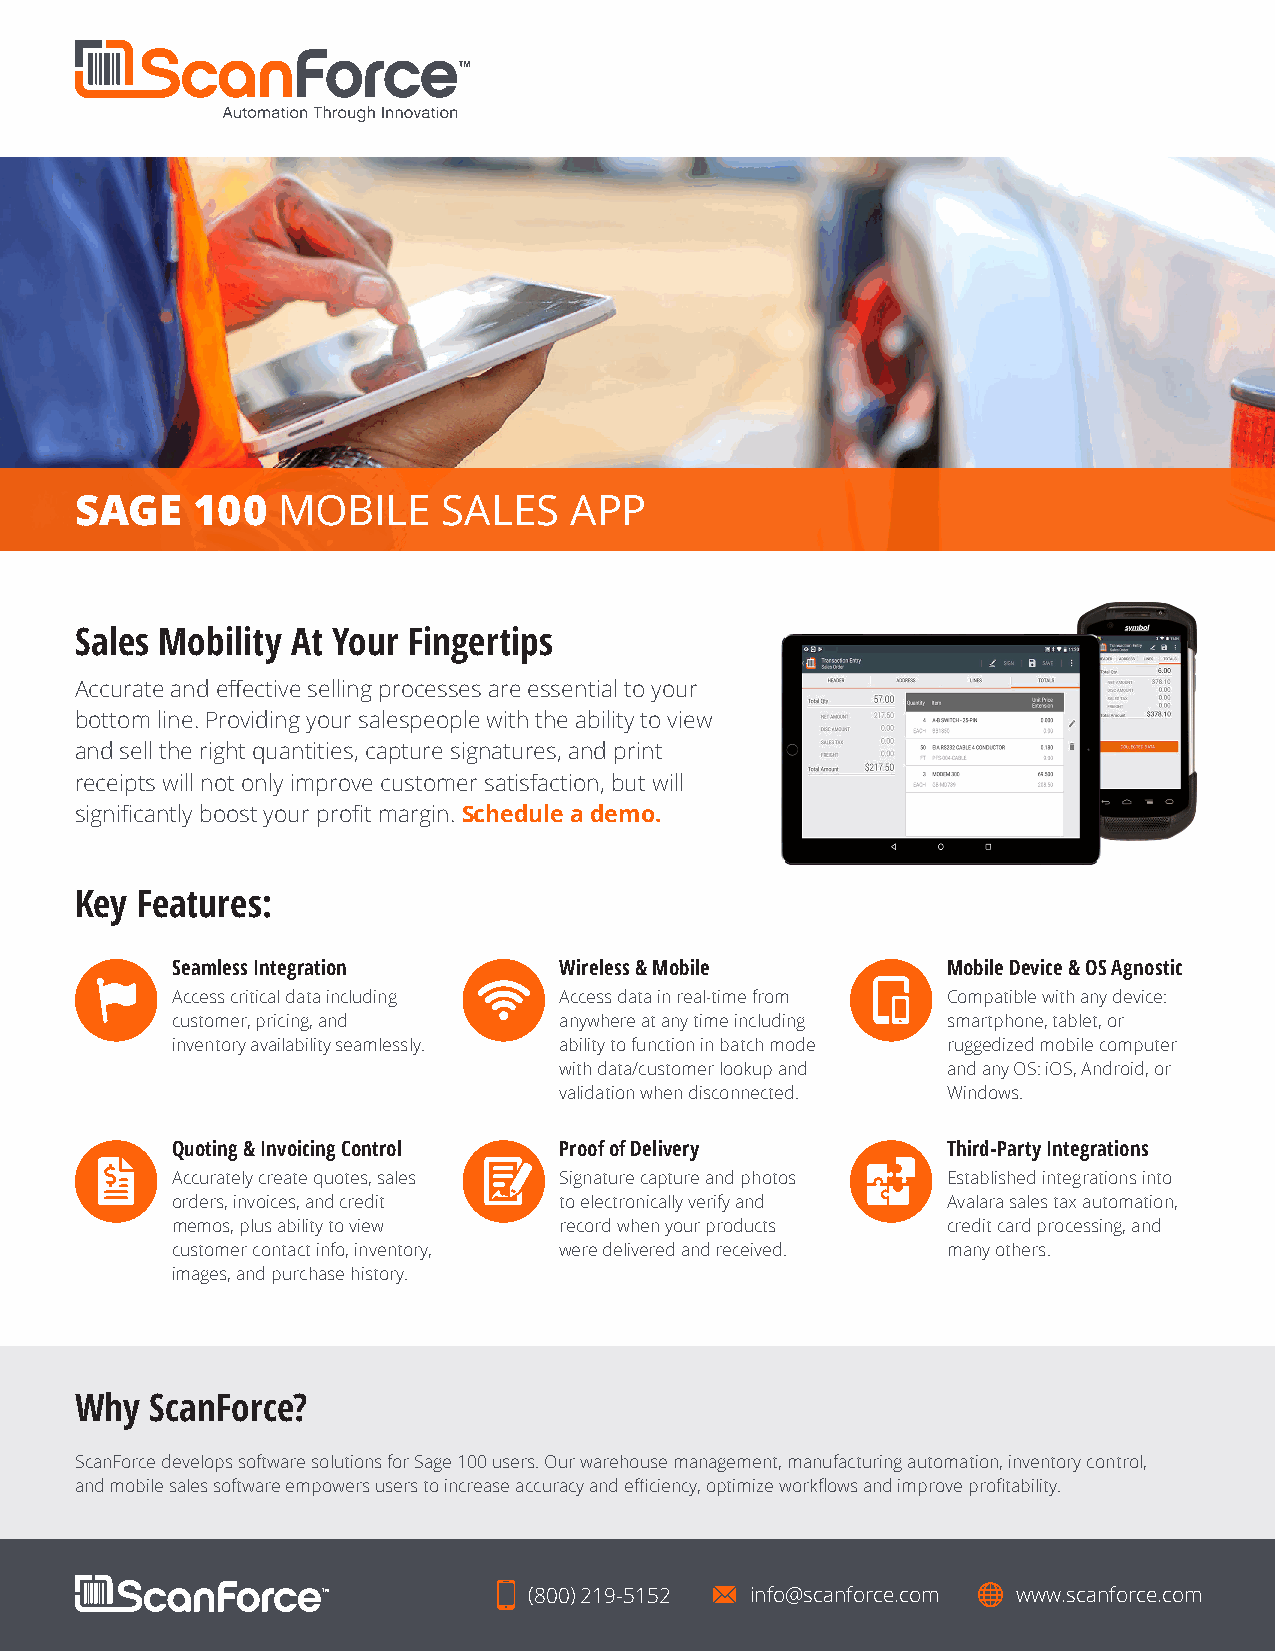
SAGE    100  MOBILE     SALES    APP
 Sales Mobility At Your Fingertips
 Accurate and effective selling processes are essential to your
 bottom line. Providing your salespeople with the ability to view
 and sell the right quantities, capture signatures, and print
 receipts will not only improve customer satisfaction, but will
 significantly boost your profit margin. Schedule a demo.
 Key Features:
 Seamless Integration      Wireless & Mobile         Mobile Device & OS Agnostic
 Access critical data including Access data in real-time from Compatible with any device:
 customer, pricing, and    anywhere at any time including smartphone, tablet, or
 inventory availability seamlessly. ability to function in batch mode ruggedized mobile computer
 with data/customer lookup and and any OS: iOS, Android, or
 validation when disconnected. Windows.
 Quoting & Invoicing Control Proof of Delivery       Third-Party Integrations
 Accurately create quotes, sales Signature capture and photos Established integrations into
 orders, invoices, and credit to electronically verify and Avalara sales tax automation,
 memos, plus ability to view record when your products credit card processing, and
 customer contact info, inventory, were delivered and received. many others.
 images, and purchase history.
 Why  ScanForce?
 ScanForce develops software solutions for Sage 100 users. Our warehouse management, manufacturing automation, inventory control,
 and mobile sales software empowers users to increase accuracy and efficiency, optimize workflows and improve profitability.
 (800) 219-5152 info@scanforce.com www.scanforce.com